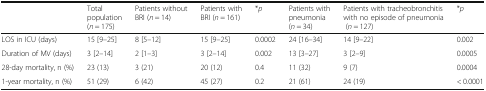
|  | Total population (n = 175) | Patients without BRI (n = 14) | Patients with BRI (n = 161) | *p | Patients with pneumonia (n = 34) | Patients with tracheobronchitis with no episode of pneumonia (n = 127) | *p |
 | --- | --- | --- | --- | --- | --- | --- | --- |
 | LOS in ICU (days) | 15 [9–25] | 8 [5–12] | 15 [9–25] | 0.0002 | 24 [16–34] | 14 [9–22] | 0.002 |
 | Duration of MV (days) | 3 [2–14] | 2 [1–3] | 3 [2–14] | 0.002 | 13 [3–27] | 3 [2–9] | 0.0005 |
 | 28-day mortality, n (%) | 23 (13) | 3 (21) | 20 (12) | 0.4 | 11 (32) | 9 (7) | 0.0004 |
 | 1-year mortality, n (%) | 51 (29) | 6 (42) | 45 (27) | 0.2 | 21 (61) | 24 (19) | < 0.0001 |